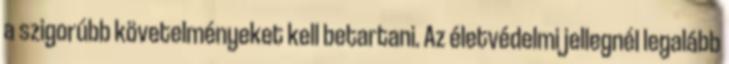
a szigorúbb követelményeket kell betartani. Az életvédelmi jellegnél legalább